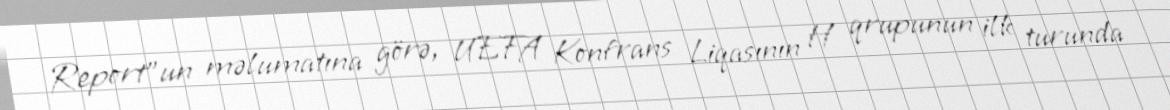
Report"un məlumatına görə, UEFA Konfrans Liqasının H qrupunun ilk turunda